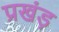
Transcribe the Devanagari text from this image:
प्रखंड़